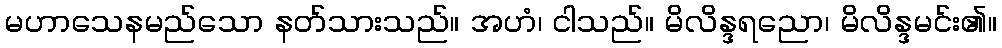
မဟာသေနမည်သော နတ်သားသည်။ အဟံ၊ ငါသည်။ မိလိန္ဒရညော၊ မိလိန္ဒမင်း၏။